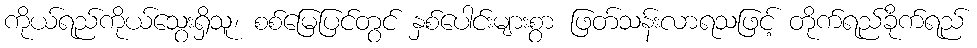
ကိုယ်ရည်ကိုယ်သွေးရှိသူ၊ စစ်မြေပြင်တွင် နှစ်ပေါင်းများစွာ ဖြတ်သန်းလာရသဖြင့် တိုက်ရည်ခိုက်ရည်